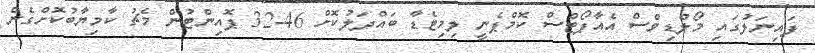
ފައިނަލުގައި މޯލްޑިވްސް އެއާޕޯޓްސް ކޮމްޕެނީ ލިމިޓެޑާ ބައްދަލުކޮށް 46-32 ޕޮއިންޓުން މެޗު ކާމިޔާބުކޮށްގެން